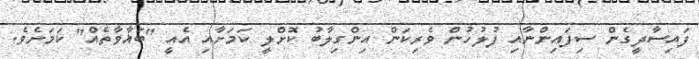
ފައިސާދީގެން ސިފައިންނާއި ފުލުހުން ވެރިކަން އިންގިލާބު ކޮށްލީ ކަމަށާއި އެއީ "ބަޣާވާތެއް" ކަމަށެވެ.